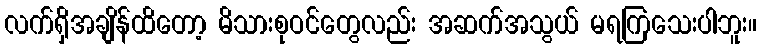
လက်ရှိအချိန်ထိတော့ မိသားစုဝင်တွေလည်း အဆက်အသွယ် မရကြသေးပါဘူး။